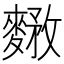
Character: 𪍘